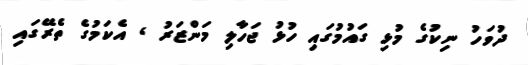
ދުވަހު ނިކުގެ މުޅި ގައުމުގައި ހުޅު ޖަހާލި މަންޒަރު